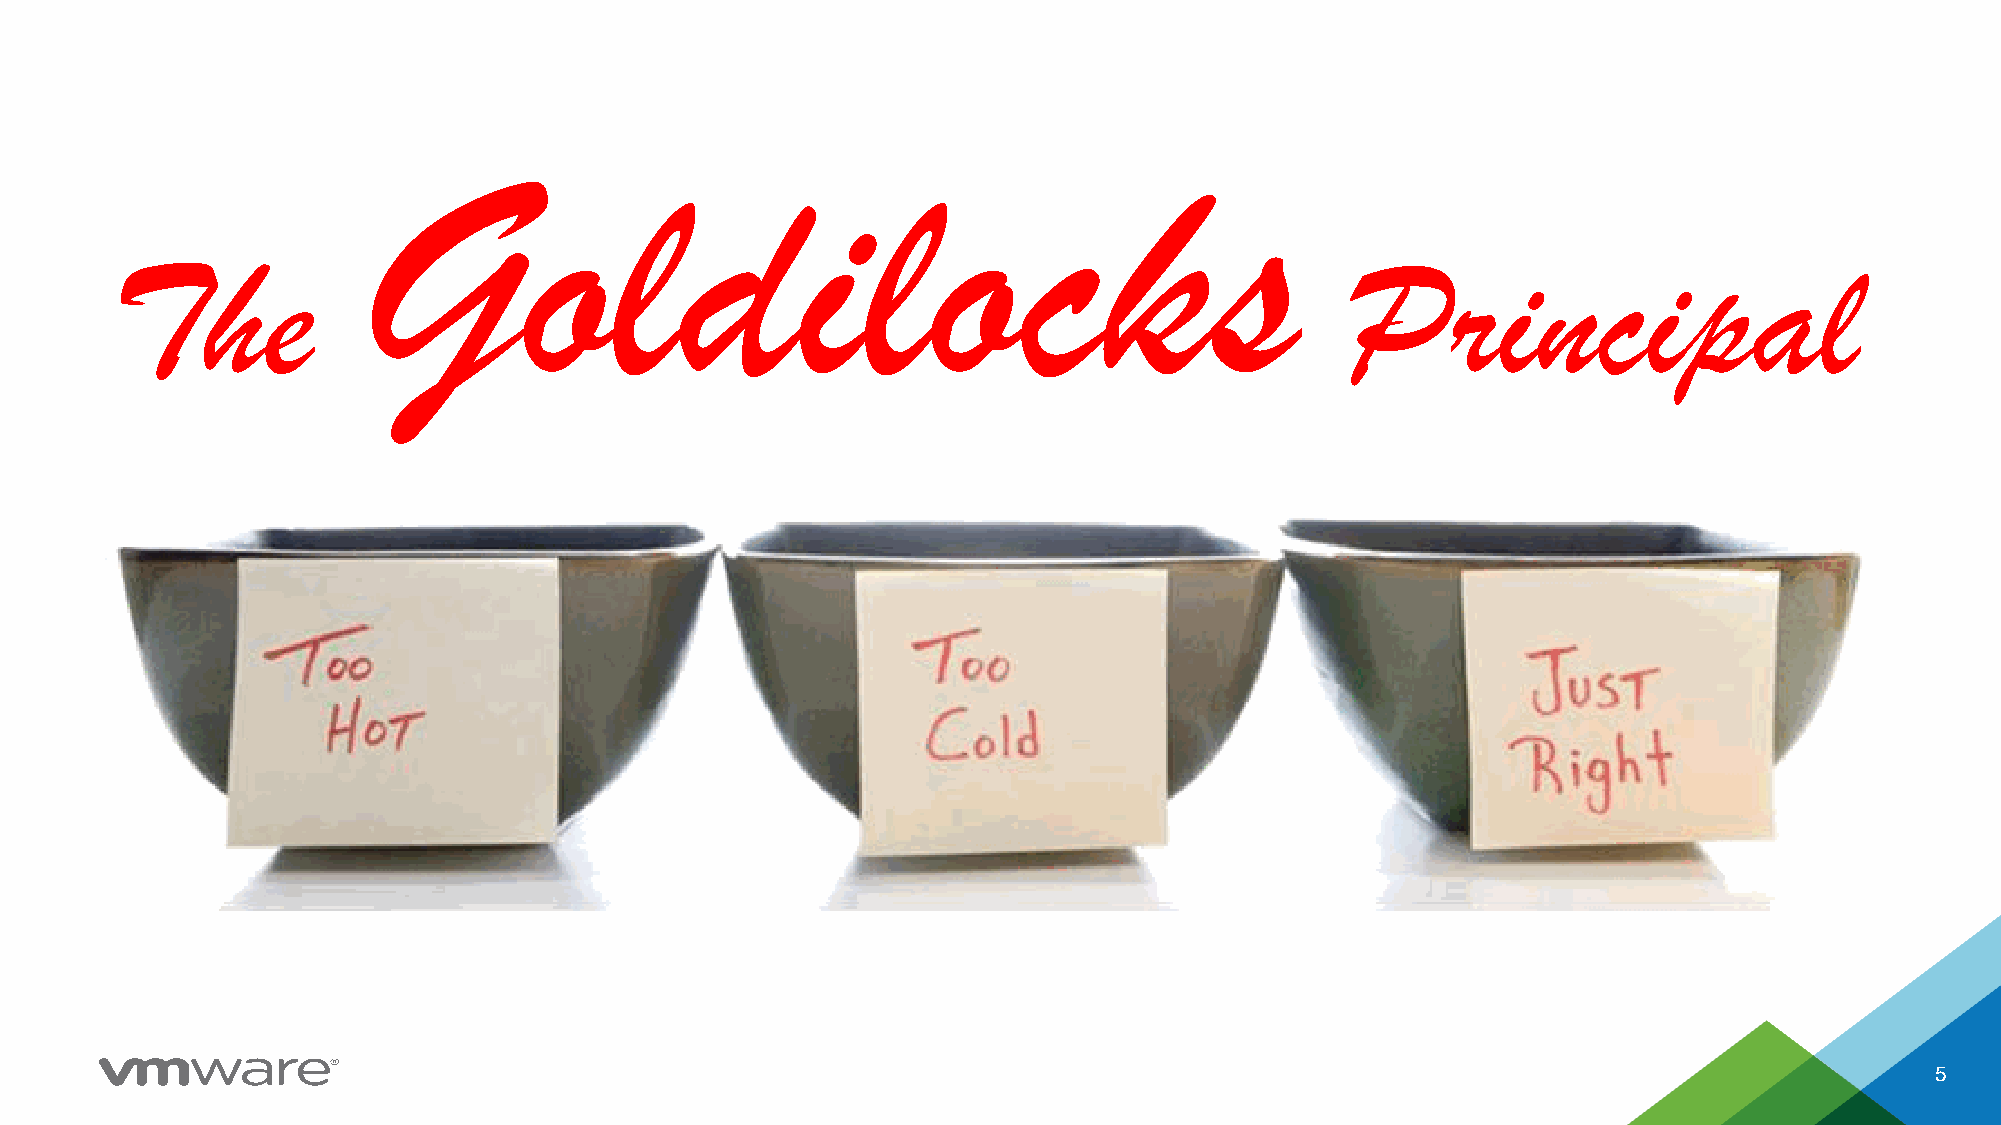
Goldilocks
 The                                                                               Principal
 5